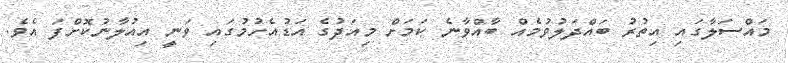
މައްސަލާގައި އިތުރު ބައްދަލުވުމެއް ބާއްވާނެ ކަމަށް މިއަދުގެ އަޑުއެހުމުގައި ވަނީ އިއުލާނުކޮށްފަ އެވެ.